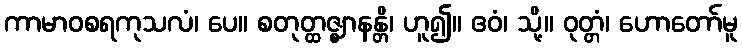
ကာမာဝစရကုသလံ၊ ပေ။ စတုတ္ထဇ္ဈာနန္တိ၊ ဟူ၍။ ဧဝံ၊ သို့။ ဝုတ္တံ၊ ဟောတော်မူ